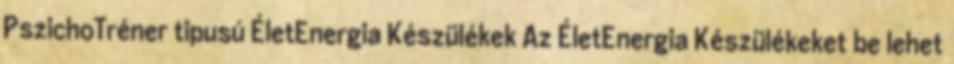
PszichoTréner tipusú ÉletEnergia Készülékek Az ÉletEnergia Készülékeket be lehet